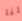
لنا